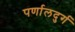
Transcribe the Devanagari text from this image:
पर्णालदुर्ग